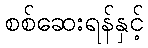
စစ်ဆေးရန်နှင့်